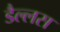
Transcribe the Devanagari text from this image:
डैल्लस